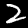
Digit: 2